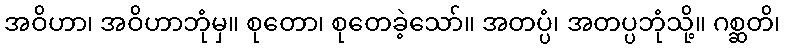
အဝိဟာ၊ အဝိဟာဘုံမှ။ စုတော၊ စုတေခဲ့သော်။ အတပ္ပံ၊ အတပ္ပဘုံသို့။ ဂစ္ဆတိ၊